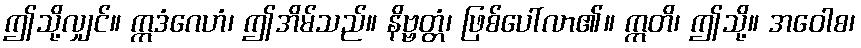
ဤသို့လျှင်။ ဣဒံဂေဟံ၊ ဤအိမ်သည်။ နိဗ္ဗတ္တံ၊ ဖြစ်ပေါ်လာ၏။ ဣတိ၊ ဤသို့။ အဝေါစ၊